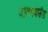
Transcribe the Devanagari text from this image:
वाक्यकांड